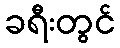
ခရီးတွင်